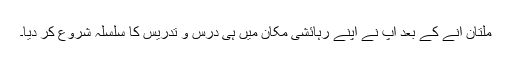
ملتان آنے کے بعد آپ نے اپنے رہائشی مکان میں ہی درس و تدریس کا سلسلہ شروع کر دیا۔